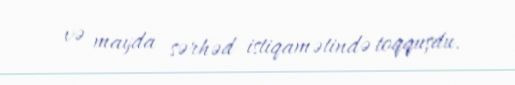
və mayda sərhəd istiqamətində toqquşdu.